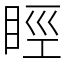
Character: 䀴